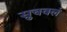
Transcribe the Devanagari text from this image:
सुचवलं